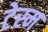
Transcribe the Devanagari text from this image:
टेस्म